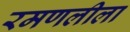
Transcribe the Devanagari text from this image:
रमणलीला